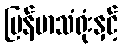
မြန်မာသံရုံးနှင့်